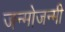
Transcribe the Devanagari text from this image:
जन्मोजन्मी